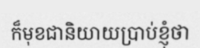
ក៏មុខជានិយាយប្រាប់ខ្ញុំថា